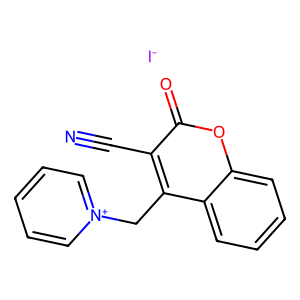
SMILES: N#Cc1c(C[n+]2ccccc2)c2ccccc2oc1=O.[I-]
Inhibits HIV replication: No